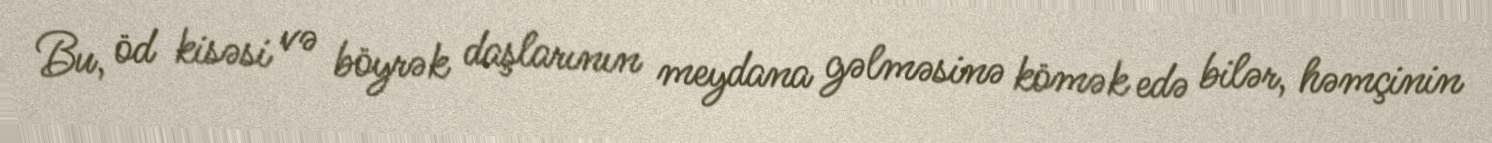
Bu, öd kisəsi və böyrək daşlarının meydana gəlməsinə kömək edə bilər, həmçinin